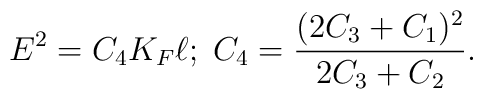
E^2=C_4K_F\ell;\;C_4=\frac{(2C_3+C_1)^2}{2C_3+C_2}.